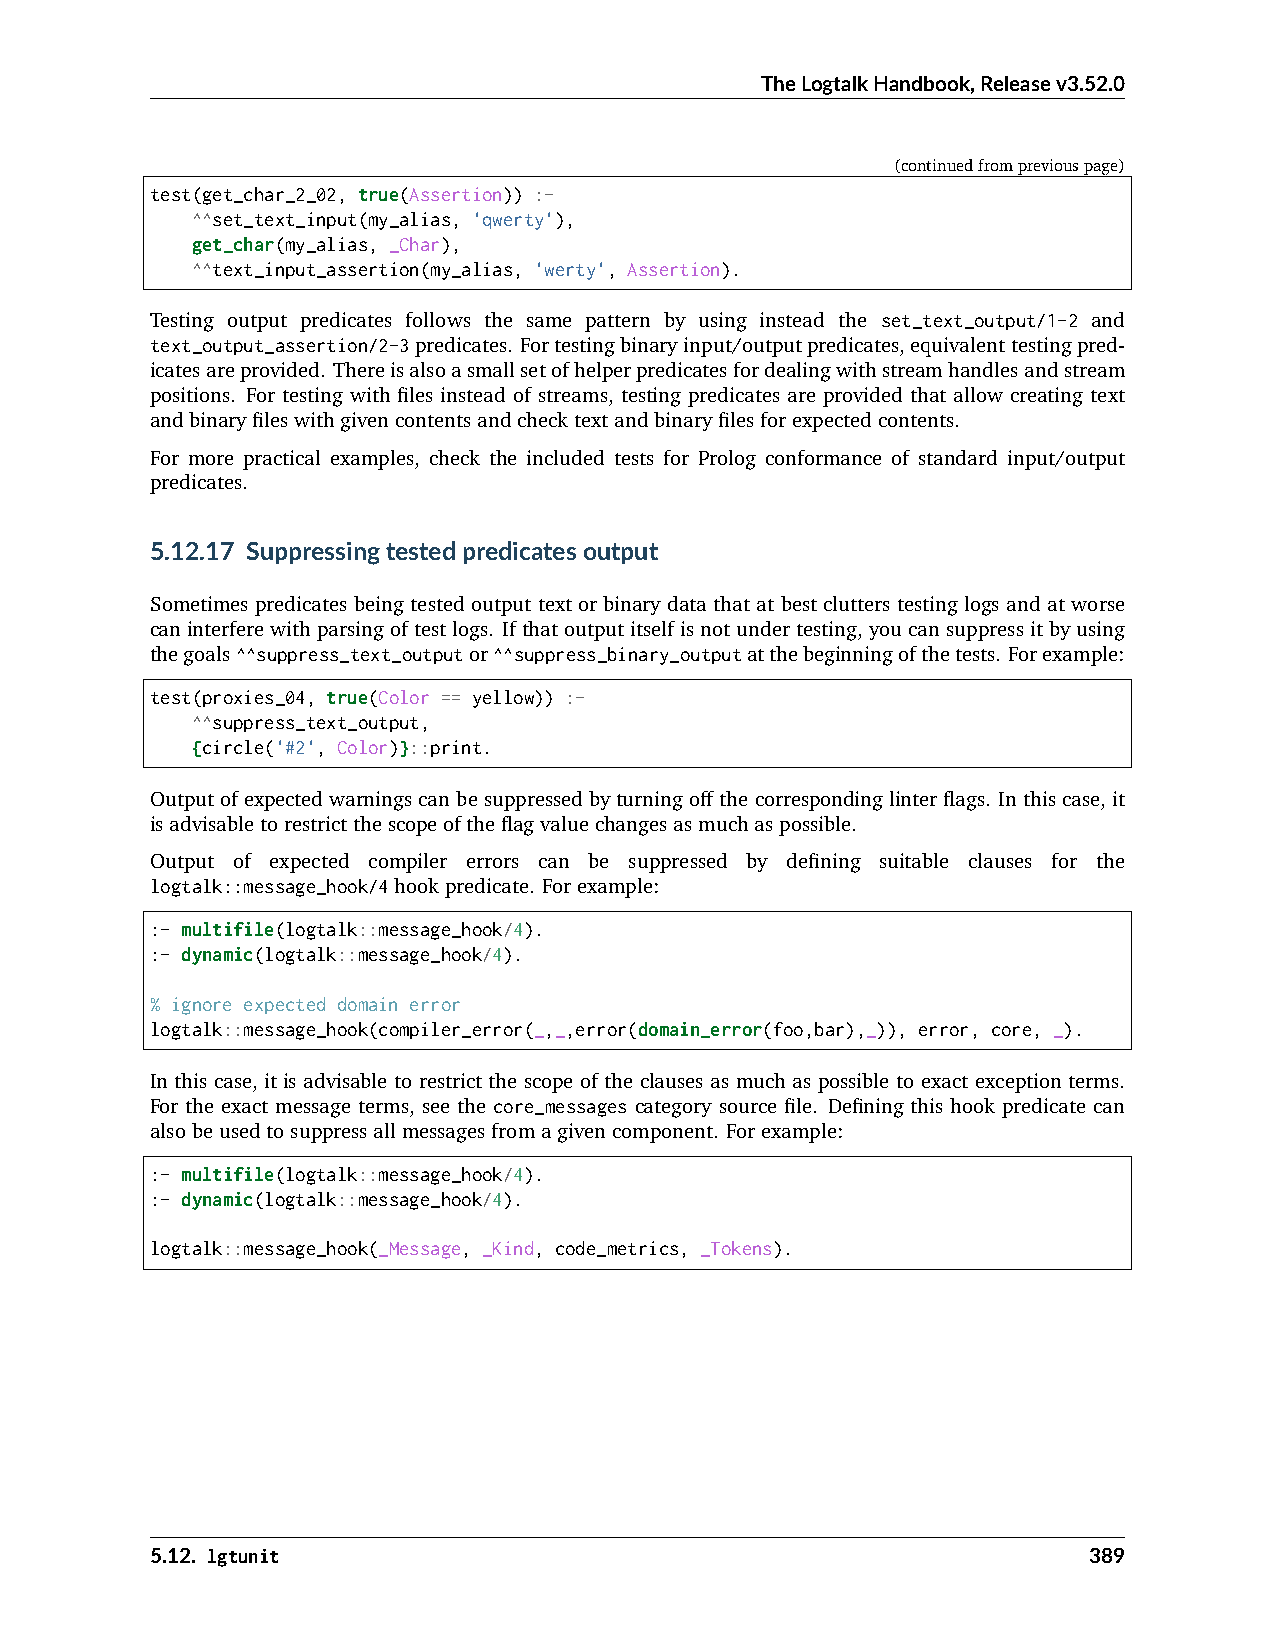
TheLogtalkHandbook,Releasev3.52.0
 (continuedfrompreviouspage)
 test(get_char_2_02, true(Assertion)) :-
 ^^set_text_input(my_alias, 'qwerty'),
 get_char(my_alias, _Char),
 ^^text_input_assertion(my_alias, 'werty', Assertion).
 Testing output predicates follows the same pattern by using instead the set_text_output/1-2 and
 text_output_assertion/2-3predicates. Fortestingbinaryinput/outputpredicates,equivalenttestingpred-
 icatesareprovided. Thereisalsoasmallsetofhelperpredicatesfordealingwithstreamhandlesandstream
 positions. For testing with files instead of streams, testing predicates are provided that allow creating text
 andbinaryfileswithgivencontentsandchecktextandbinaryfilesforexpectedcontents.
 For more practical examples, check the included tests for Prolog conformance of standard input/output
 predicates.
 5.12.17 Suppressingtestedpredicatesoutput
 Sometimes predicates being tested output text or binary data that at best clutters testing logs and at worse
 caninterferewithparsingoftestlogs. Ifthatoutputitselfisnotundertesting,youcansuppressitbyusing
 thegoals^^suppress_text_outputor^^suppress_binary_outputatthebeginningofthetests. Forexample:
 test(proxies_04, true(Color == yellow)) :-
 ^^suppress_text_output,
 {circle('#2', Color)}::print.
 Outputofexpectedwarningscanbesuppressedbyturningoffthecorrespondinglinterflags. Inthiscase,it
 isadvisabletorestrictthescopeoftheflagvaluechangesasmuchaspossible.
 Output of expected compiler errors can be suppressed by defining suitable clauses for the
 logtalk::message_hook/4hookpredicate. Forexample:
 :- multifile(logtalk::message_hook/4).
 :- dynamic(logtalk::message_hook/4).
 % ignore expected domain error
 logtalk::message_hook(compiler_error(_,_,error(domain_error(foo,bar),_)), error, core, _).
 In this case, it is advisable to restrict the scope of the clauses as much as possible to exact exception terms.
 For the exact message terms, see the core_messages category source file. Defining this hook predicate can
 alsobeusedtosuppressallmessagesfromagivencomponent. Forexample:
 :- multifile(logtalk::message_hook/4).
 :- dynamic(logtalk::message_hook/4).
 logtalk::message_hook(_Message, _Kind, code_metrics, _Tokens).
 5.12. lgtunit                                                 389